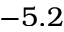
- 5 . 2